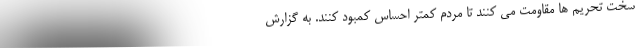
سخت تحریم ها مقاومت می کنند تا مردم کمتر احساس کمبود کنند. به گزارش